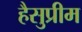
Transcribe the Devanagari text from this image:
हैसुप्रीम